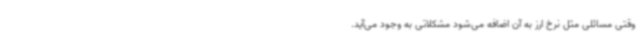
وقتی مسائلی مثل نرخ ارز به آن اضافه می‌شود مشکلاتی به وجود می‌آید.